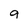
Character: a